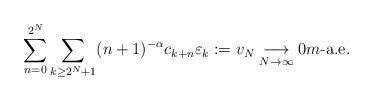
LaTeX: \begin{align*}\sum_{n=0}^{2^N} \sum_{k\ge 2^N+1} (n+1)^{-\alpha}c_{k+n}\varepsilon_k:= v_{N}\underset{N\to \infty}\longrightarrow 0 \mbox{$m$-a.e.}\end{align*}